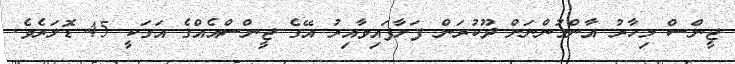
ޖީންސް މިހާރު އާންމުންނަށް ދޫކުރަން ފަށާފައިވާއިރު އޭގެ ޖީންސްއެއްގެ އަގަކީ 45 ޑޮލަރެެވެ.